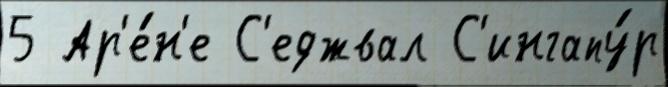
5 Ар'е́н'е С'еджвал С'ингапу́р